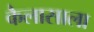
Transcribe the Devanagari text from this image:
कैलासाला